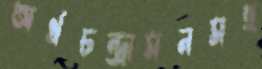
অর্ধচন্দ্রাসনসহ